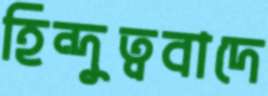
হিন্দুত্ববাদে